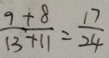
\frac { 9 + 8 } { 1 3 + 1 1 } = \frac { 1 7 } { 2 4 }